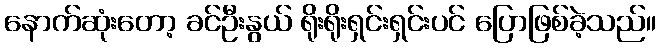
နောက်ဆုံးတော့ ခင်ဦးနွယ် ရိုးရိုးရှင်းရှင်းပင် ပြောဖြစ်ခဲ့သည်။